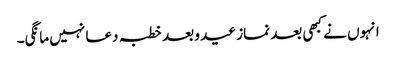
انہوں نے کبھی بعد نماز عید و بعد خطبہ دعا نہیں مانگی۔